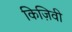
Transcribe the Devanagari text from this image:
किज़िवी